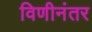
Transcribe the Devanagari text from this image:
विणीनंतर